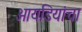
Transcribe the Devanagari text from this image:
आयडियांचा